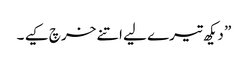
” دیکھ تیرے لیے اتنے خرچ کیے ۔